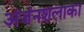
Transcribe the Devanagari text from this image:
अंजंनशलाका